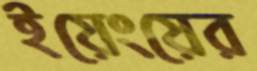
ইয়েংয়ের